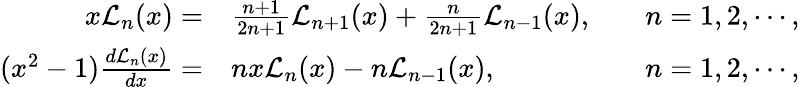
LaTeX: \begin{array}{rlr}{x\mathcal{L}_{n}(x)=}&{\frac{n+1}{2n+1}\mathcal{L}_{n+1}(x)+\frac{n}{2n+1}\mathcal{L}_{n-1}(x),}&{\quad n=1,2,\cdots,}\\ {(x^{2}-1)\frac{d\mathcal{L}_{n}(x)}{dx}=}&{nx\mathcal{L}_{n}(x)-n\mathcal{L}_{n-1}(x),}&{\quad n=1,2,\cdots,}\end{array}